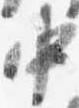
中